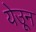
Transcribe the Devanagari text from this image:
येउून